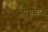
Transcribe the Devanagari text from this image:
नागचंपा